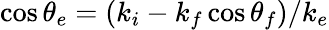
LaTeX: \cos\theta_{e}={(k_{i}-k_{f}\cos\theta_{f})}/{k_{e}}